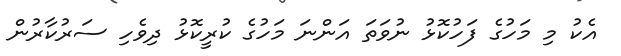
އެކު މި މަހުގެ ފަހުކޮޅު ނުވަތަ އަންނަ މަހުގެ ކުރީކޮޅު ދިވެހި ސަރުކާރުން